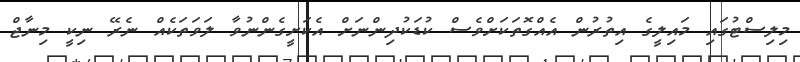
މިލިސްޓުގައި މައިލީގެ އިތުރުން އެއްގޮތަކަށްވެސް ކުޑަކުދިންނަށް އެކަށީގެންނުވާ ލަވަތަކެއް ނެރޭ ނިކީ މިނާޖް